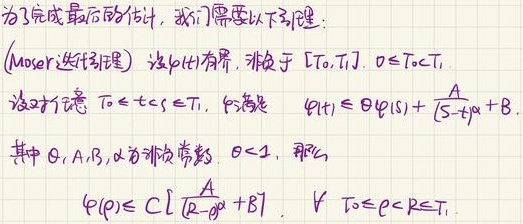
为了完成最后的估计，我们需要以下引理：（Moser 迭代引理）

设\(\varphi(t)\)有界，非负于\([T_0,T_1]\)，\(0\leq T_0 < T_1\)。设对任意\(T_0\leq t < s\leq T_1\)，\(\varphi(t)\)满足
\[\varphi(t)\leq\theta\varphi(s)+\frac{A}{(s - t)^{\alpha}}+B\]
其中\(\theta,A,B,\alpha\)为非负常数，\(\theta < 1\)，那么
\[\varphi(\rho)\leq C\left[\frac{A}{(R - \rho)^{\alpha}}+B\right],\ \forall\ T_0\leq\rho < R\leq T_1\]